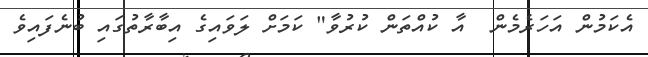
އެކަމުން އަހަރެމެން  އާ ކުއްތަން ކުރުވާ" ކަމަށް ލަވައިގެ އިބާރާތުގައި ބުނެފައިވެ